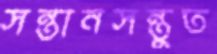
সন্তানসন্তুত